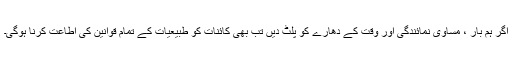
اگر ہم بار ، مساوی نمائندگی اور وقت کے دھارے کو پلٹ دیں تب بھی کائنات کو طبیعیات کے تمام قوانین کی اطاعت کرنا ہوگی۔